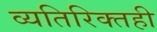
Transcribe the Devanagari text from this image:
व्यतिरिक्तही